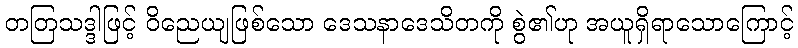
တတြသဒ္ဒါဖြင့် ဝိညေယျဖြစ်သော ဒေသနာဒေသိတကို စွဲ၏ဟု အယူရှိရာသောကြောင့်